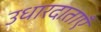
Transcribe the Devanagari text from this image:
उधारदाताएँ